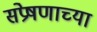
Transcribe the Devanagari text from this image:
संप्रेषणाच्या